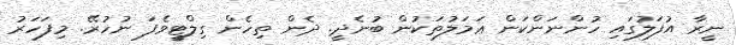
ނީރާ އުފަލުގައި ހުންނަންކަން ޢަމަލުތަކުން ބުނެދީ. ދެން ތިހެން ގިލްޓީވެފަ ނުހުރޭ. މިފަހަރު